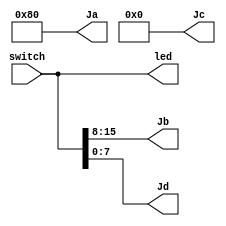
module test_pmod_top (
    //switch
    input wire [15:0] switch,

    //led
    output wire [15:0] led,

    //pmod
    output wire [7:0] Ja,
    output wire [7:0] Jb,
    output wire [7:0] Jc,
    output wire [7:0] Jd
);

    assign led = switch;

    assign Ja = 8'h80;
    assign Jb = switch[15:8];
    assign Jc = 8'b0;
    assign Jd = switch[7 :0];
    
endmodule